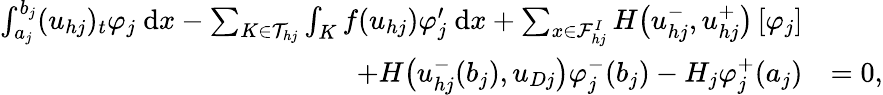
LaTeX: \begin{array}{rl}{\int_{a_{j}}^{b_{j}}({u}_{hj})_{t}\varphi_{j}\ \mathrm{d}x-\sum_{K\in\mathcal{T}_{hj}}\int_{K}{f}({u}_{hj})\varphi_{j}^{\prime}\ \mathrm{d}x+\sum_{x\in\mathcal{F}_{hj}^{I}}H\big({u}_{hj}^{-},{u}_{hj}^{+}\big)\left[\varphi_{j}\right]}&{}\\ {\quad+H\big({u}_{hj}^{-}(b_{j}),{u}_{Dj}\big)\varphi_{j}^{-}(b_{j})-H_{j}\varphi_{j}^{+}(a_{j})}&{=0,}\end{array}